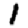
Digit: 1